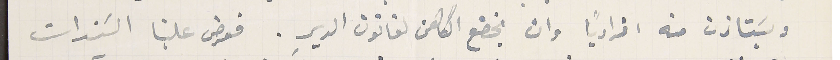
ويسَتاذن منه افرادياً وان يخضع الكاهن لقانون الديرِ. فعرض علينا السَندات